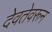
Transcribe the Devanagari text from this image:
देवतेवरून